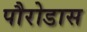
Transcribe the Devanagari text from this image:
पौरोडास